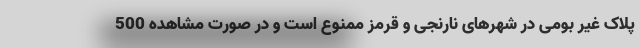
پلاک غیر بومی در شهرهای نارنجی و قرمز ممنوع است و در صورت مشاهده 500